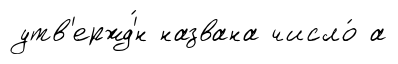
утв'ержд'́н названа число́ а